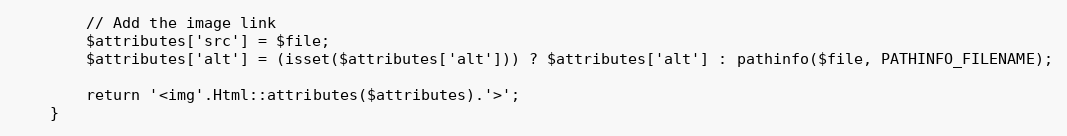
Language: PHP
        // Add the image link
        $attributes['src'] = $file;
        $attributes['alt'] = (isset($attributes['alt'])) ? $attributes['alt'] : pathinfo($file, PATHINFO_FILENAME);

        return '<img'.Html::attributes($attributes).'>';
    }